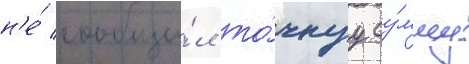
н'е́ сообщи́л то́чнуу су́мму